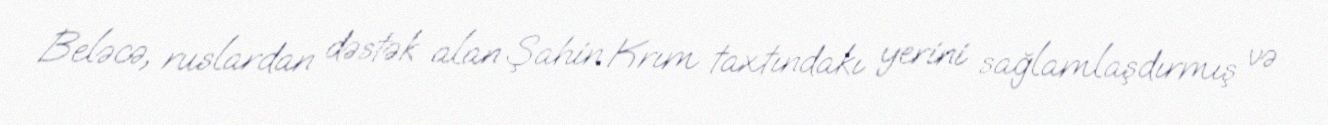
Beləcə, ruslardan dəstək alan Şahin Krım taxtındakı yerini sağlamlaşdırmış və